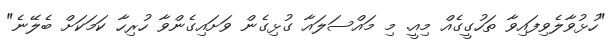
"ހުޅުވާލެވިފައިވާ ތަހުގީގެއް މިއީ. މި މައްސަލައާ ގުޅިގެން ވަށައިގެންވާ ހުރިހާ ކަމަކަށް ބެލޭނެ"